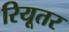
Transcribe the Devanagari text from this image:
रियूतर